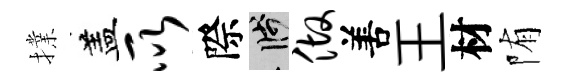
擈盖所際箋做𠵊王材陏